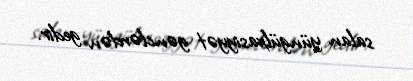
salan yüngülxasiyyət gənclərdən gedir.